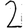
Digit: 2